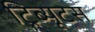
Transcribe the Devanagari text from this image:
ट्रिब्यूटस